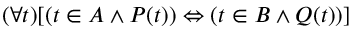
( \forall t ) [ ( t \in A \land P ( t ) ) \Leftrightarrow ( t \in B \land Q ( t ) ) ]